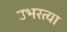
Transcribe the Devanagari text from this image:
उभरत्या